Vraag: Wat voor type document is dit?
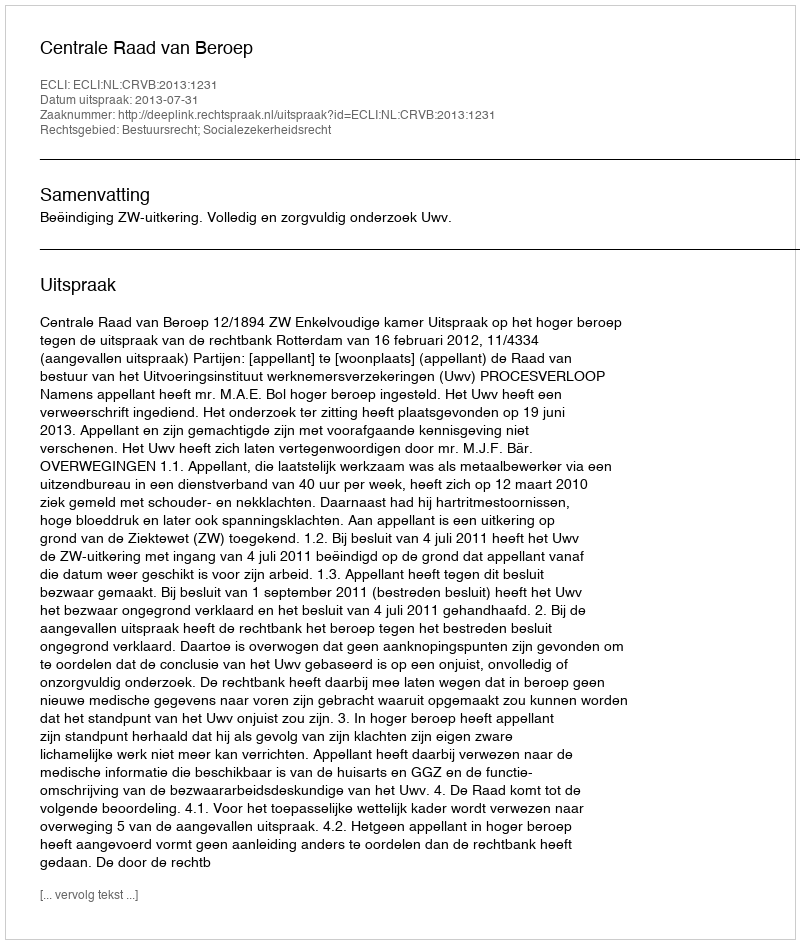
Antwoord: Uitspraak